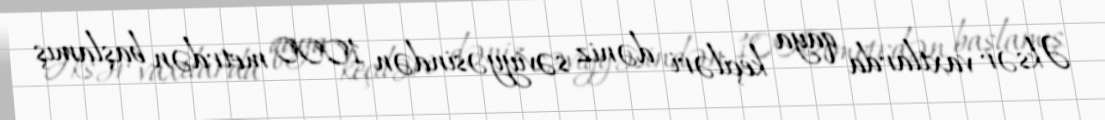
Əksər vaxtlarda qaya keçiləri dəniz səviyyəsindən 1000 metrdən başlamış